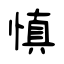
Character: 慎